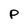
Character: p